Indian journal of veterinary science and animal husbandry - Volumes 18-21, 1948-1951
Year: 1948
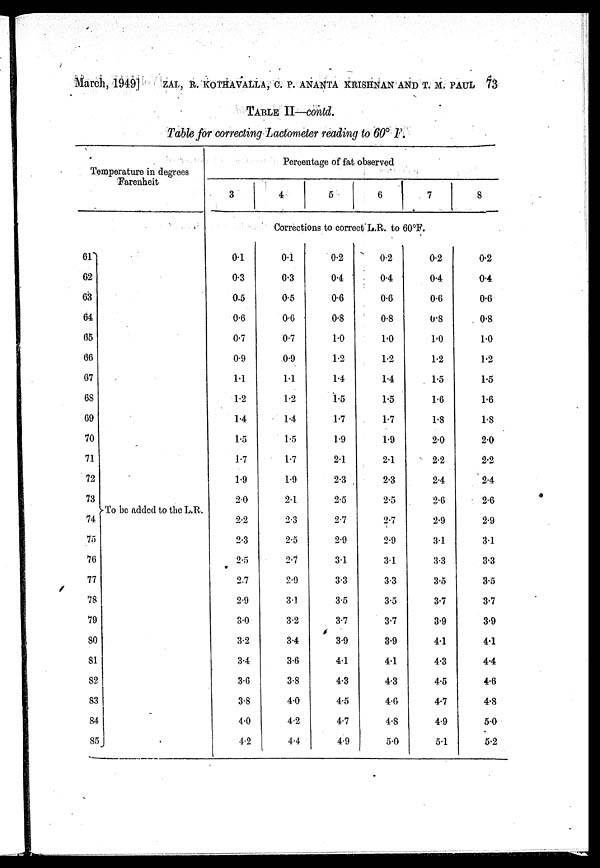
March, 1949] ZAL, R. KOTHAVALLA, C. P. ANANTA KRISHNAN AND T. M. PAUL 73
TABLE II—contd.
Table for correcting Lactometer reading to 60º 1.
Temperature in degrees
Farenheit
61
62
63
64
65
66
67
68
69
70
71
72
73
74
75
76
77
78
79
80
81
82
83
84
85
To be added to the L.R.
Percentage of fat observed
3
4
5
6
7
8
Corrections to correct L.R. to 60ºF.
0.1
0.3
0.5
0.6
0.7
0.9
1.1
1.2
1.4
1.5
1.7
1.9
2.0
2.2
2.3
2.5
2.7
2.9
3.0
3.2
3.4
3.6
3.8
4.0
4.2
0.1
0.3
0.5
0.6
0.7
0.9
1.1
1.2
1.4
1.5
1.7
1.9
2.1
2.3
2.5
2.7
2.9
31
3.2
3.4
3.6
3.8
4.0
4.2
4.4
0.2
0.4
0.6
0.8
1.0
1.2
1.4
1.5
1.7
1.9
2.1
2.3
2.5
2.7
2.9
3.1
3.3
3.5
3.7
3.9
4.1
4.3
4.5
4.7
4.9
0.2
0.4
0.6
0.8
1.0
1.2
1.4
1.5
1.7
1.9
2.1
2.3
2.5
2.7
2.9
3.1
3.3
3.5
3.7
3.9
4.1
4.3
4.6
4.8
5.0
0.2
0.4
0.6
0.8
1.0
1.2
1.5
1.6
1.8
2.0
2.2
2.4
2.6
2.9
3.1
3.3
3.5
3.7
3.9
4.1
4.3
4.5
4.7
4.9
5.1
0.2
0.4
0.6
0.8
1.0
1.2
1.5
1.6
1.8
2.0
2.2
2.4
2.6
2.9
3.1
3.3
3.5
3.7
3.9
4.1
4.4
4.6
4.8
5.0
5.2